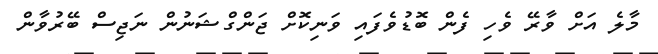
މާލެ އަށް ވާރޭ ވެހި ފެން ބޮޑުވެފައި ވަނިކޮށް ޖަންގްޝަނުން ނަޖިސް ބޭރުވާން